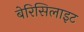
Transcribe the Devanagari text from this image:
बेरिसिलाइट